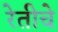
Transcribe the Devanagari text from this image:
रेतीचे